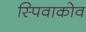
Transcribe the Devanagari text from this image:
स्पिवाकोव